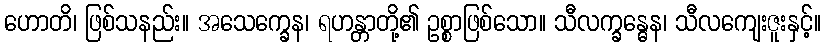
ဟောတိ၊ ဖြစ်သနည်း။ အသေက္ခေန၊ ရဟန္တာတို့၏ ဥစ္စာဖြစ်သော။ သီလက္ခန္ဓေန၊ သီလကျေးဇူးနှင့်။